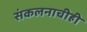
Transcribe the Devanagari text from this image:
संकलनाचीही